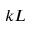
k L